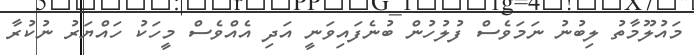
މައުލޫމާތު ލިބުނު ނަމަވެސް ފުލުހުން ބުނެފައިވަނީ އަދި އެއްވެސް މީހަކު ހައްޔަރު ނުކުރާ